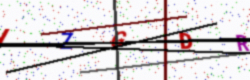
Text: IZGDR